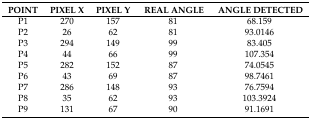
| POINT | PIXEL X | PIXEL Y | REAL ANGLE | ANGLE DETECTED |
 | --- | --- | --- | --- | --- |
 | P1 | 270 | 157 | 81 | 68.159 |
 | P2 | 26 | 62 | 81 | 93.0146 |
 | P3 | 294 | 149 | 99 | 83.405 |
 | P4 | 44 | 66 | 99 | 107.354 |
 | P5 | 282 | 152 | 87 | 74.0545 |
 | P6 | 43 | 69 | 87 | 98.7461 |
 | P7 | 286 | 148 | 93 | 76.7594 |
 | P8 | 35 | 62 | 93 | 103.3924 |
 | P9 | 131 | 67 | 90 | 91.1691 |